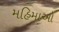
મહિમાઓ